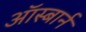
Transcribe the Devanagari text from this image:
ऑस्बार्न